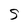
Character: S